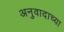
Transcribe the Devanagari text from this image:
अनुवादाच्‍या